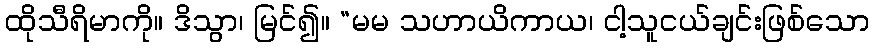
ထိုသီရိမာကို။ ဒိသွာ၊ မြင်၍။ “မမ သဟာယိကာယ၊ ငါ့သူငယ်ချင်းဖြစ်သော